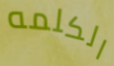
الكلمه